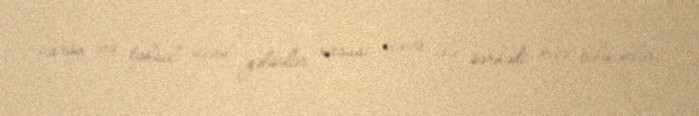
varsa və təhsil üçün gəlsələr, xüsusi icazə ilə sərhədi keçə biləcəklər.